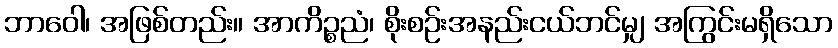
ဘာဝေါ၊ အဖြစ်တည်း။ အာကိဉ္စညံ၊ စိုးစဉ်းအနည်းငယ်ဘင်မျှ အကြွင်းမရှိသော